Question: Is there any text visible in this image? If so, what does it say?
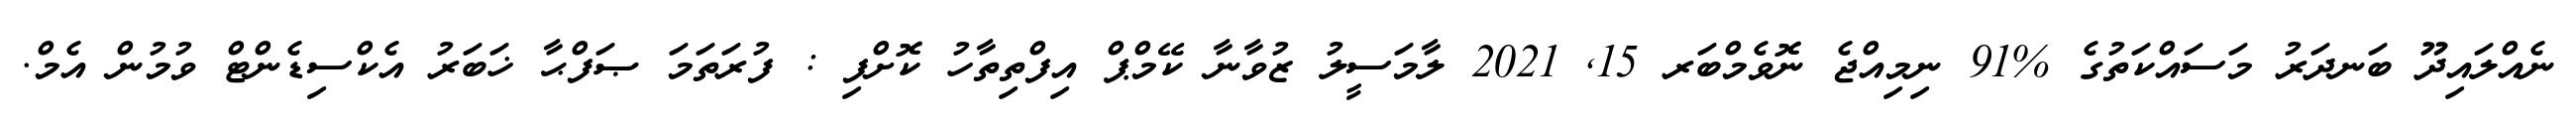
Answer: ނެއްލައިދޫ ބަނދަރު މަސައްކަތުގެ %91 ނިމިއްޖެ ނޮވެމްބަރ 15, 2021 ލާމަސީލު ޒުވާނާ ކޭމްޕް އިފްތިތާހު ކޮށްފި : ފުރަތަމަ ޞަފްޙާ ޚަބަރު އެކްސިޑެންޓް ވުމުން އެމް.